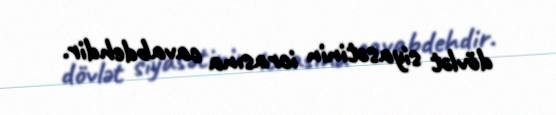
dövlət siyasətinin icrasına cavabdehdir.